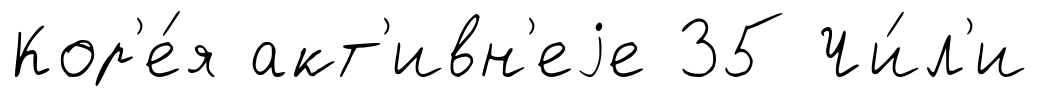
Кор'е́я акт'ивн'еjе 35 Чи́л'и